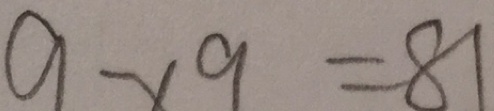
9 \times 9 = 8 1